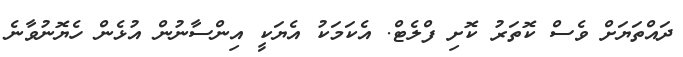
ދައްތަޔަށް ވެސް ކޮތަރު ކޮށި ފްލެޓް. އެކަމަކު އެޔަކީ އިންސާނުން އުޅެން ހެޔޮނުވާނެ